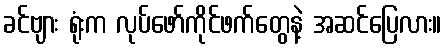
ခင်ဗျား ရုံးက လုပ်ဖော်ကိုင်ဖက်တွေနဲ့ အဆင်ပြေလား။